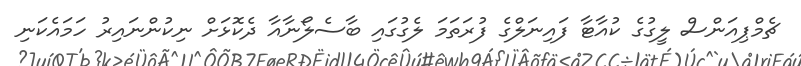
ޗެމްޕިއަންސް ލީގުގެ ކުއާޓާ ފައިނަލްގެ ފުރަތަމަ ލެގުގައި ބާސެލޯނާއާ ދެކޮޅަށް ނިކުންނައިރު ހަމައެކަނި